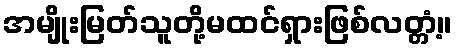
အမျိုးမြတ်သူတို့မထင်ရှားဖြစ်လတ္တံ့။